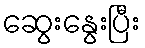
ဆွေးနွေးပြီး